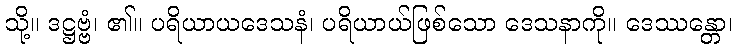
သို့။ ဒဋ္ဌဗ္ဗံ၊ ၏။ ပရိယာယဒေသနံ၊ ပရိယာယ်ဖြစ်သော ဒေသနာကို။ ဒေဿန္တော၊